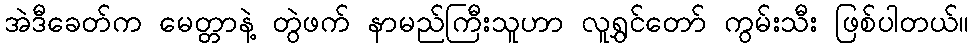
အဲဒီခေတ်က မေတ္တာနဲ့ တွဲဖက် နာမည်ကြီးသူဟာ လူရွှင်တော် ကွမ်းသီး ဖြစ်ပါတယ်။